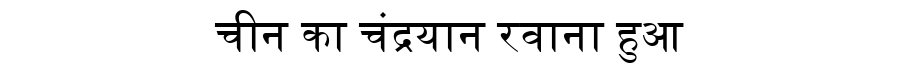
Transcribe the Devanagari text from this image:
चीन का चंद्रयान रवाना हुआ